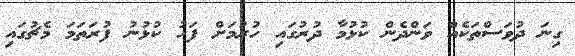
ގިނަ ދުވަސްތަކެއް ވަންދެން ކުޅުމާ ދުރުގައި ހުރުމަށް ފަހު ކުޅުނު ފުރަތަމަ މެޗުގައި